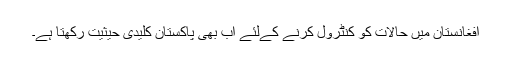
افغانستان میں حالات کو کنٹرول کرنے کےلئے اب بھی پاکستان کلیدی حیثیت رکھتا ہے۔